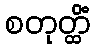
စတုတ္ထိံ